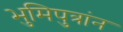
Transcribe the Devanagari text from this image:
भुमिपुत्रांन